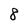
Character: 8